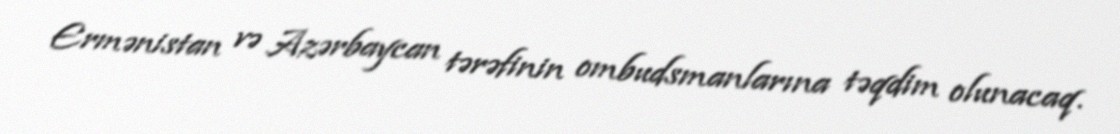
Ermənistan və Azərbaycan tərəfinin ombudsmanlarına təqdim olunacaq.